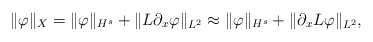
\begin{align*}\|\varphi\|_X = \|\varphi\|_{H^s} + \|L\partial_x \varphi\|_{L^2} \approx \|\varphi\|_{H^s} + \|\partial_x L \varphi\|_{L^2},\end{align*}